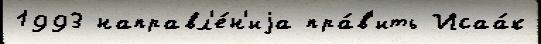
1993 направл'е́н'иjа пра́в'ить Исаа́к